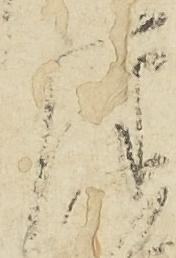
律